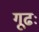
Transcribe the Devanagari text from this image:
गूढः